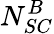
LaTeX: N_{SC}^{B}